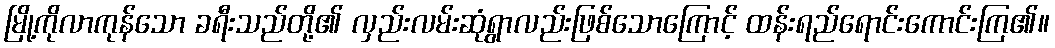
မြို့ကိုလာကုန်သော ခရီးသည်တို့၏ လှည်းလမ်းဆုံရွာလည်းဖြစ်သောကြောင့် ထန်းရည်ရောင်းကောင်းကြ၏။